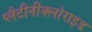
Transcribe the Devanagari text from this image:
प्लैटीनीक्लोराइड